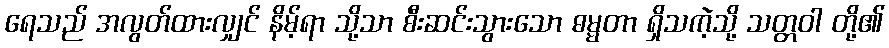
ရေသည် အလွတ်ထားလျှင် နိမ့်ရာ သို့သာ စီးဆင်းသွားသော ဓမ္မတာ ရှိသကဲ့သို့ သတ္တဝါ တို့၏